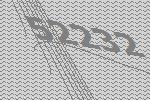
52232